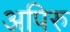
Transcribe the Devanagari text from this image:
अपिरु